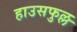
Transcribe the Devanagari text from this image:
हाउसफुल्ल